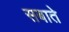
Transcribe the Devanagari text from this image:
सबाते